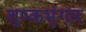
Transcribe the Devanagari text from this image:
शुष्कभृंगार